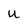
Character: U